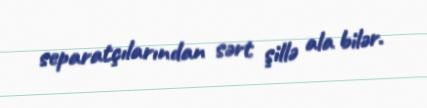
separatçılarından sərt şillə ala bilər.